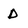
Character: D